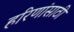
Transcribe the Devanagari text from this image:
हरिणांसाठी